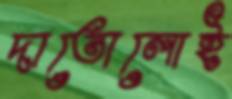
দাতোলোই